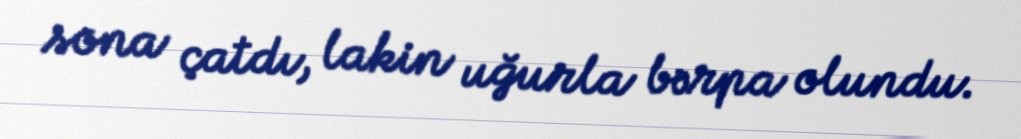
sona çatdı, lakin uğurla bərpa olundu.